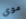
موي